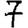
Digit: 7